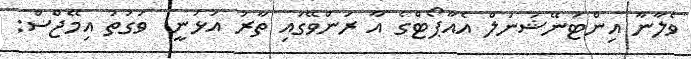
ވެލާނާ އިންޓަނޭޝަނަލް އެއާޕޯޓްގެ އާ ރަންވޭގައި ތާރު އަޅަނީ  ވަގުތު އިމޭޖްސް: